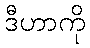
ဒီဟာကို